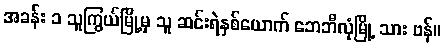
အခန်း ၁ သူကြွယ်မြို့မှ သူ ဆင်းရဲနှစ်ယောက် ဘေဘီလုံမြို့ သား ဗန်။